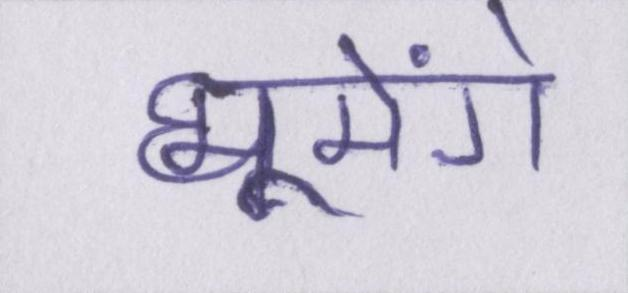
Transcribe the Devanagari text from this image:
घूमेंगे